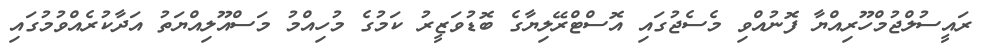
ރައީސުލްޖުމްހޫރިއްޔާ ފޮނުއްވި މެސެޖުގައި އޮސްޓްރޭލިޔާގެ ބޮޑުވަޒީރު ކަމުގެ މުހިއްމު މަސްއޫލިއްޔަތު އަދާކުރެއްވުމުގައި